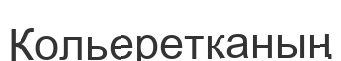
Кольеретканың